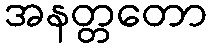
အနတ္တတော